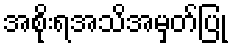
အစိုးရအသိအမှတ်ပြု